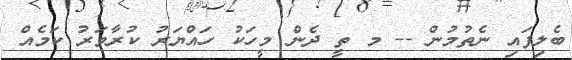
ބެލިފައި ނެތުމުން -- މ ތީ ދެން މީހަކު ހައްޔަރު ކުރާވަރު ކަމެއް